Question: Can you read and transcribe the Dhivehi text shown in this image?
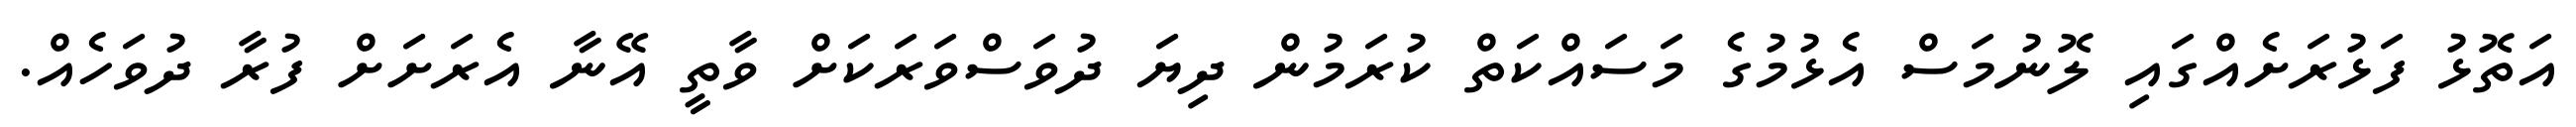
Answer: އަތޮޅު ފަޅުރަށެއްގައި ލޮނުމަސް އެޅުމުގެ މަސައްކަތް ކުރަމުން ދިޔަ ދުވަސްވަރަކަށް ވާތީ އޭނާ އެރަށަށް ފުރާ ދުވަހެއް.